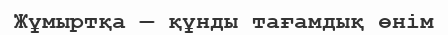
Жұмыртқа — құнды тағамдық өнім